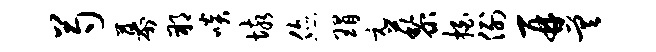
芍幕朔啖垓您瑁元藜拍例再差